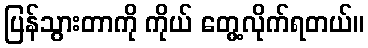
ပြန်သွားတာကို ကိုယ် တွေ့လိုက်ရတယ်။